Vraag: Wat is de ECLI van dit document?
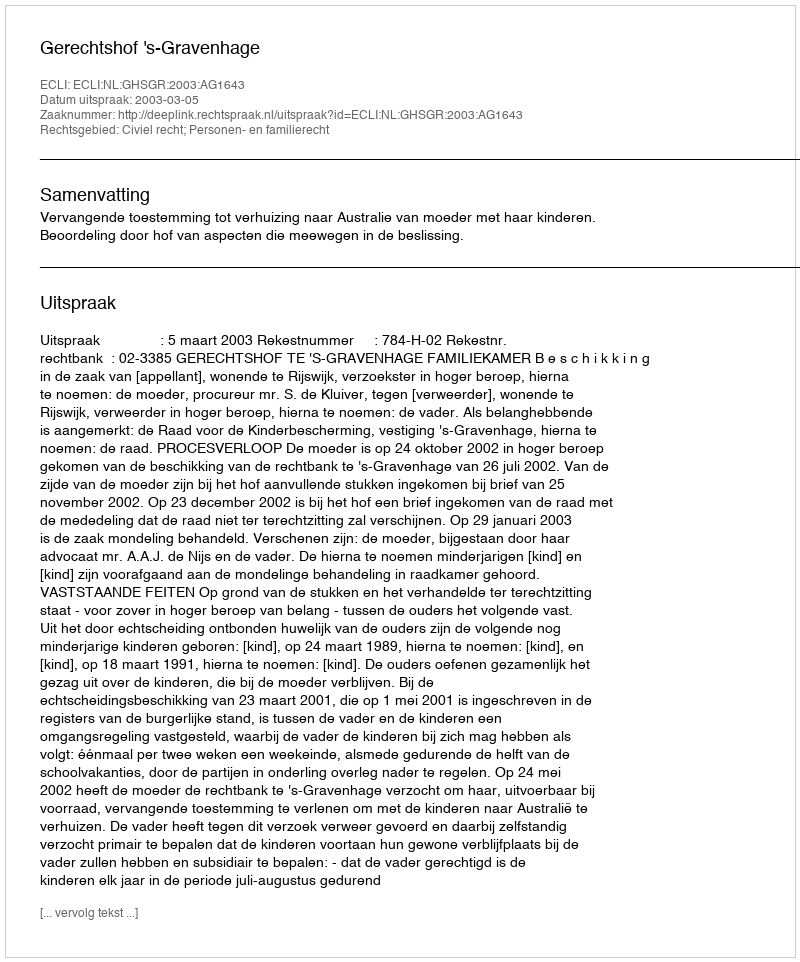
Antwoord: ECLI:NL:GHSGR:2003:AG1643